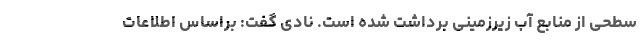
سطحی از منابع آب زیرزمینی برداشت شده است. نادی گفت: براساس اطلاعات